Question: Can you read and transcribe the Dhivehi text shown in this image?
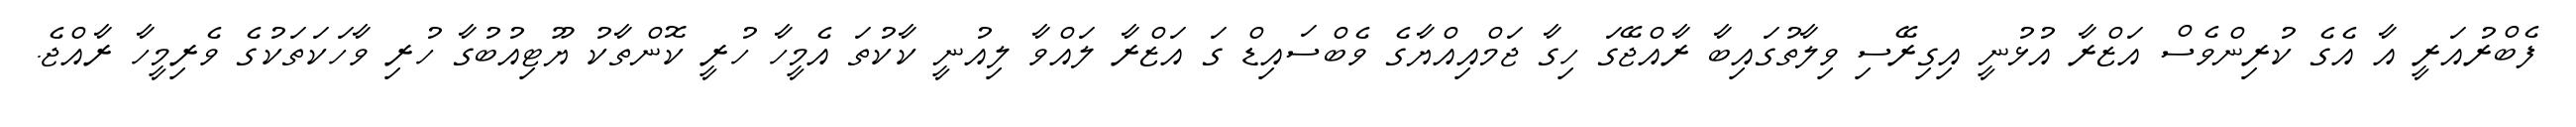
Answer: ފެބްރުއަރީ އާ އެގެ ކުރިންވެސް އަޒްރާ އުޅުނީ އިގިރޭސި ވިލާތުގައިބާ ރާއްޖޭގަ ހިގާ ޖަމްއިއްޔާގެ ވެބްސައިޑް ގަ އަޒްރާ ލައްވާ ލިއުނީ ކާކުތަ އެމީހާ ހުރީ ކޮންތާކު ޔޫޓިއުބުގާ ހުރި ވާހަކަތަކުގެ ވެރިމީހާ ރާއްޖެ.